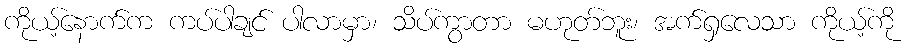
ကိုယ့်နောက်က ကပ်ပါချင် ပါလာမှာ၊ သိပ်ကွာတာ မဟုတ်ဘူး၊ အက်ရှလေသာ ကိုယ့်ကို